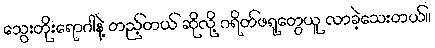
သွေးတိုးရောဂါနဲ့ တည့်တယ် ဆိုလို့ ဂရိတ်ဖရုတွေယူ လာခဲ့သေးတယ်။